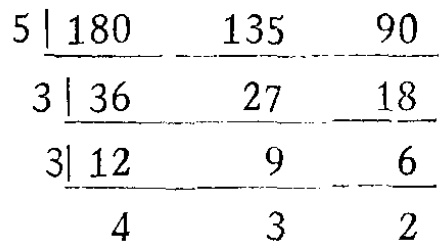
\[
\begin{array}{l|ccc}
5 & 180 & 135 & 90 \\
\hline
3 & 36 & 27 & 18 \\
\hline
3 & 12 & 9 & 6 \\
\hline
 & 4 & 3 & 2
\end{array}
\]